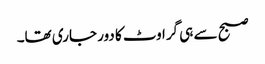
صبح سے ہی گراوٹ کا دور جاری تھا۔